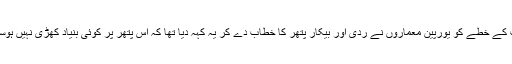
عرب کے خطّے کو یورپین معماروں نے ردّی اور بیکار پتھر کا خطاب دے کر یہ کہہ دیا تھا کہ اس پتھر پر کوئی بنیاد کھڑی نہیں ہوسکتی۔